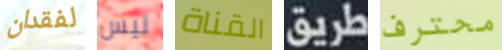
لفقدان ليس القناة طريق محترف